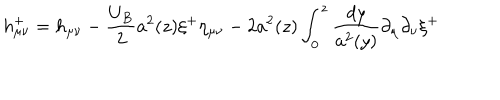
h _ { \mu \nu } ^ { + } = h _ { \mu \nu } - \frac { U _ { B } } { 2 } a ^ { 2 } ( z ) \xi ^ { + } \eta _ { \mu \nu } - 2 a ^ { 2 } ( z ) \int _ { 0 } ^ { z } \frac { d y } { a ^ { 2 } ( y ) } \partial _ { \mu } \partial _ { \nu } \xi ^ { + }